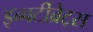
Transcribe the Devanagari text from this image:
इन्वर्टीब्रेट्स